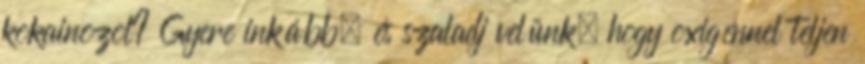
kokainozol? Gyere inkább, és szaladj velünk, hogy oxigénnel teljen